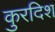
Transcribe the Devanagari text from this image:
कुरदिश